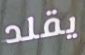
يقلد